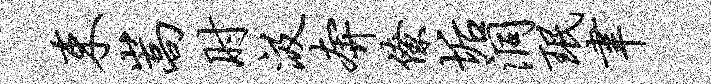
束嵩肘汲奔僚垢洞珉聿